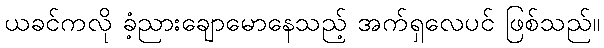
ယခင်ကလို ခံ့ညားချောမောနေသည့် အက်ရှလေပင် ဖြစ်သည်။